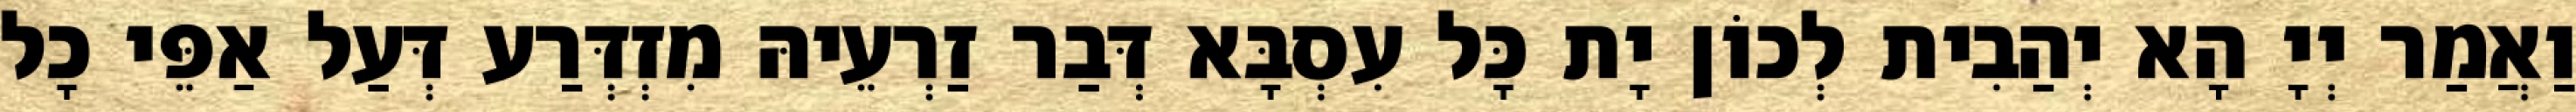
וַאֲמַר יְיָ הָא יְהַבִית לְכוֹן יָת כָּל עִסְבָּא דְּבַר זַרְעֵיהּ מִזְדְּרַע דְּעַל אַפֵּי כָל